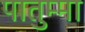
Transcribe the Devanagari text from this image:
पातुम्मा